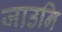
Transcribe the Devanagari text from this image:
जाउनि